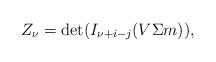
LaTeX: \begin{align*}Z_{\nu} = \det (I_{\nu +i -j}(V \Sigma m)) ,\end{align*}